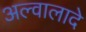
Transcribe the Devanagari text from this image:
अल्वालादे